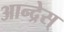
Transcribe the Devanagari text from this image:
आन्द्रेस्